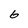
Character: 6